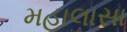
મહાલાસા